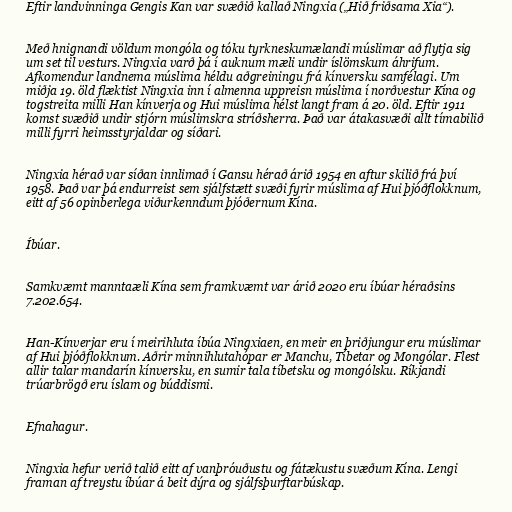
Eftir landvinninga Gengis Kan var svæðið kallað Ningxia („Hið friðsama Xia“).

Með hnignandi völdum mongóla og tóku tyrkneskumælandi múslimar að flytja sig
um set til vesturs. Ningxia varð þá í auknum mæli undir íslömskum áhrifum.
Afkomendur landnema múslima héldu aðgreiningu frá kínversku samfélagi. Um
miðja 19. öld flæktist Ningxia inn í almenna uppreisn múslima í norðvestur Kína og
togstreita milli Han kínverja og Hui múslima hélst langt fram á 20. öld. Eftir 1911
komst svæðið undir stjórn múslimskra stríðsherra. Það var átakasvæði allt tímabilið
milli fyrri heimsstyrjaldar og síðari.

Ningxia hérað var síðan innlimað í Gansu hérað árið 1954 en aftur skilið frá því
1958. Það var þá endurreist sem sjálfstætt svæði fyrir múslima af Hui þjóðflokknum,
eitt af 56 opinberlega viðurkenndum þjóðernum Kína.

Íbúar.

Samkvæmt manntaæli Kína sem framkvæmt var árið 2020 eru íbúar héraðsins
7.202.654.

Han-Kínverjar eru í meirihluta íbúa Ningxiaen, en meir en þriðjungur eru múslimar
af Hui þjóðflokknum. Aðrir minnihlutahópar er Manchu, Tíbetar og Mongólar. Flest
allir talar mandarín kínversku, en sumir tala tíbetsku og mongólsku. Ríkjandi
trúarbrögð eru íslam og búddismi.

Efnahagur.

Ningxia hefur verið talið eitt af vanþróuðustu og fátækustu svæðum Kína. Lengi
framan af treystu íbúar á beit dýra og sjálfsþurftarbúskap.